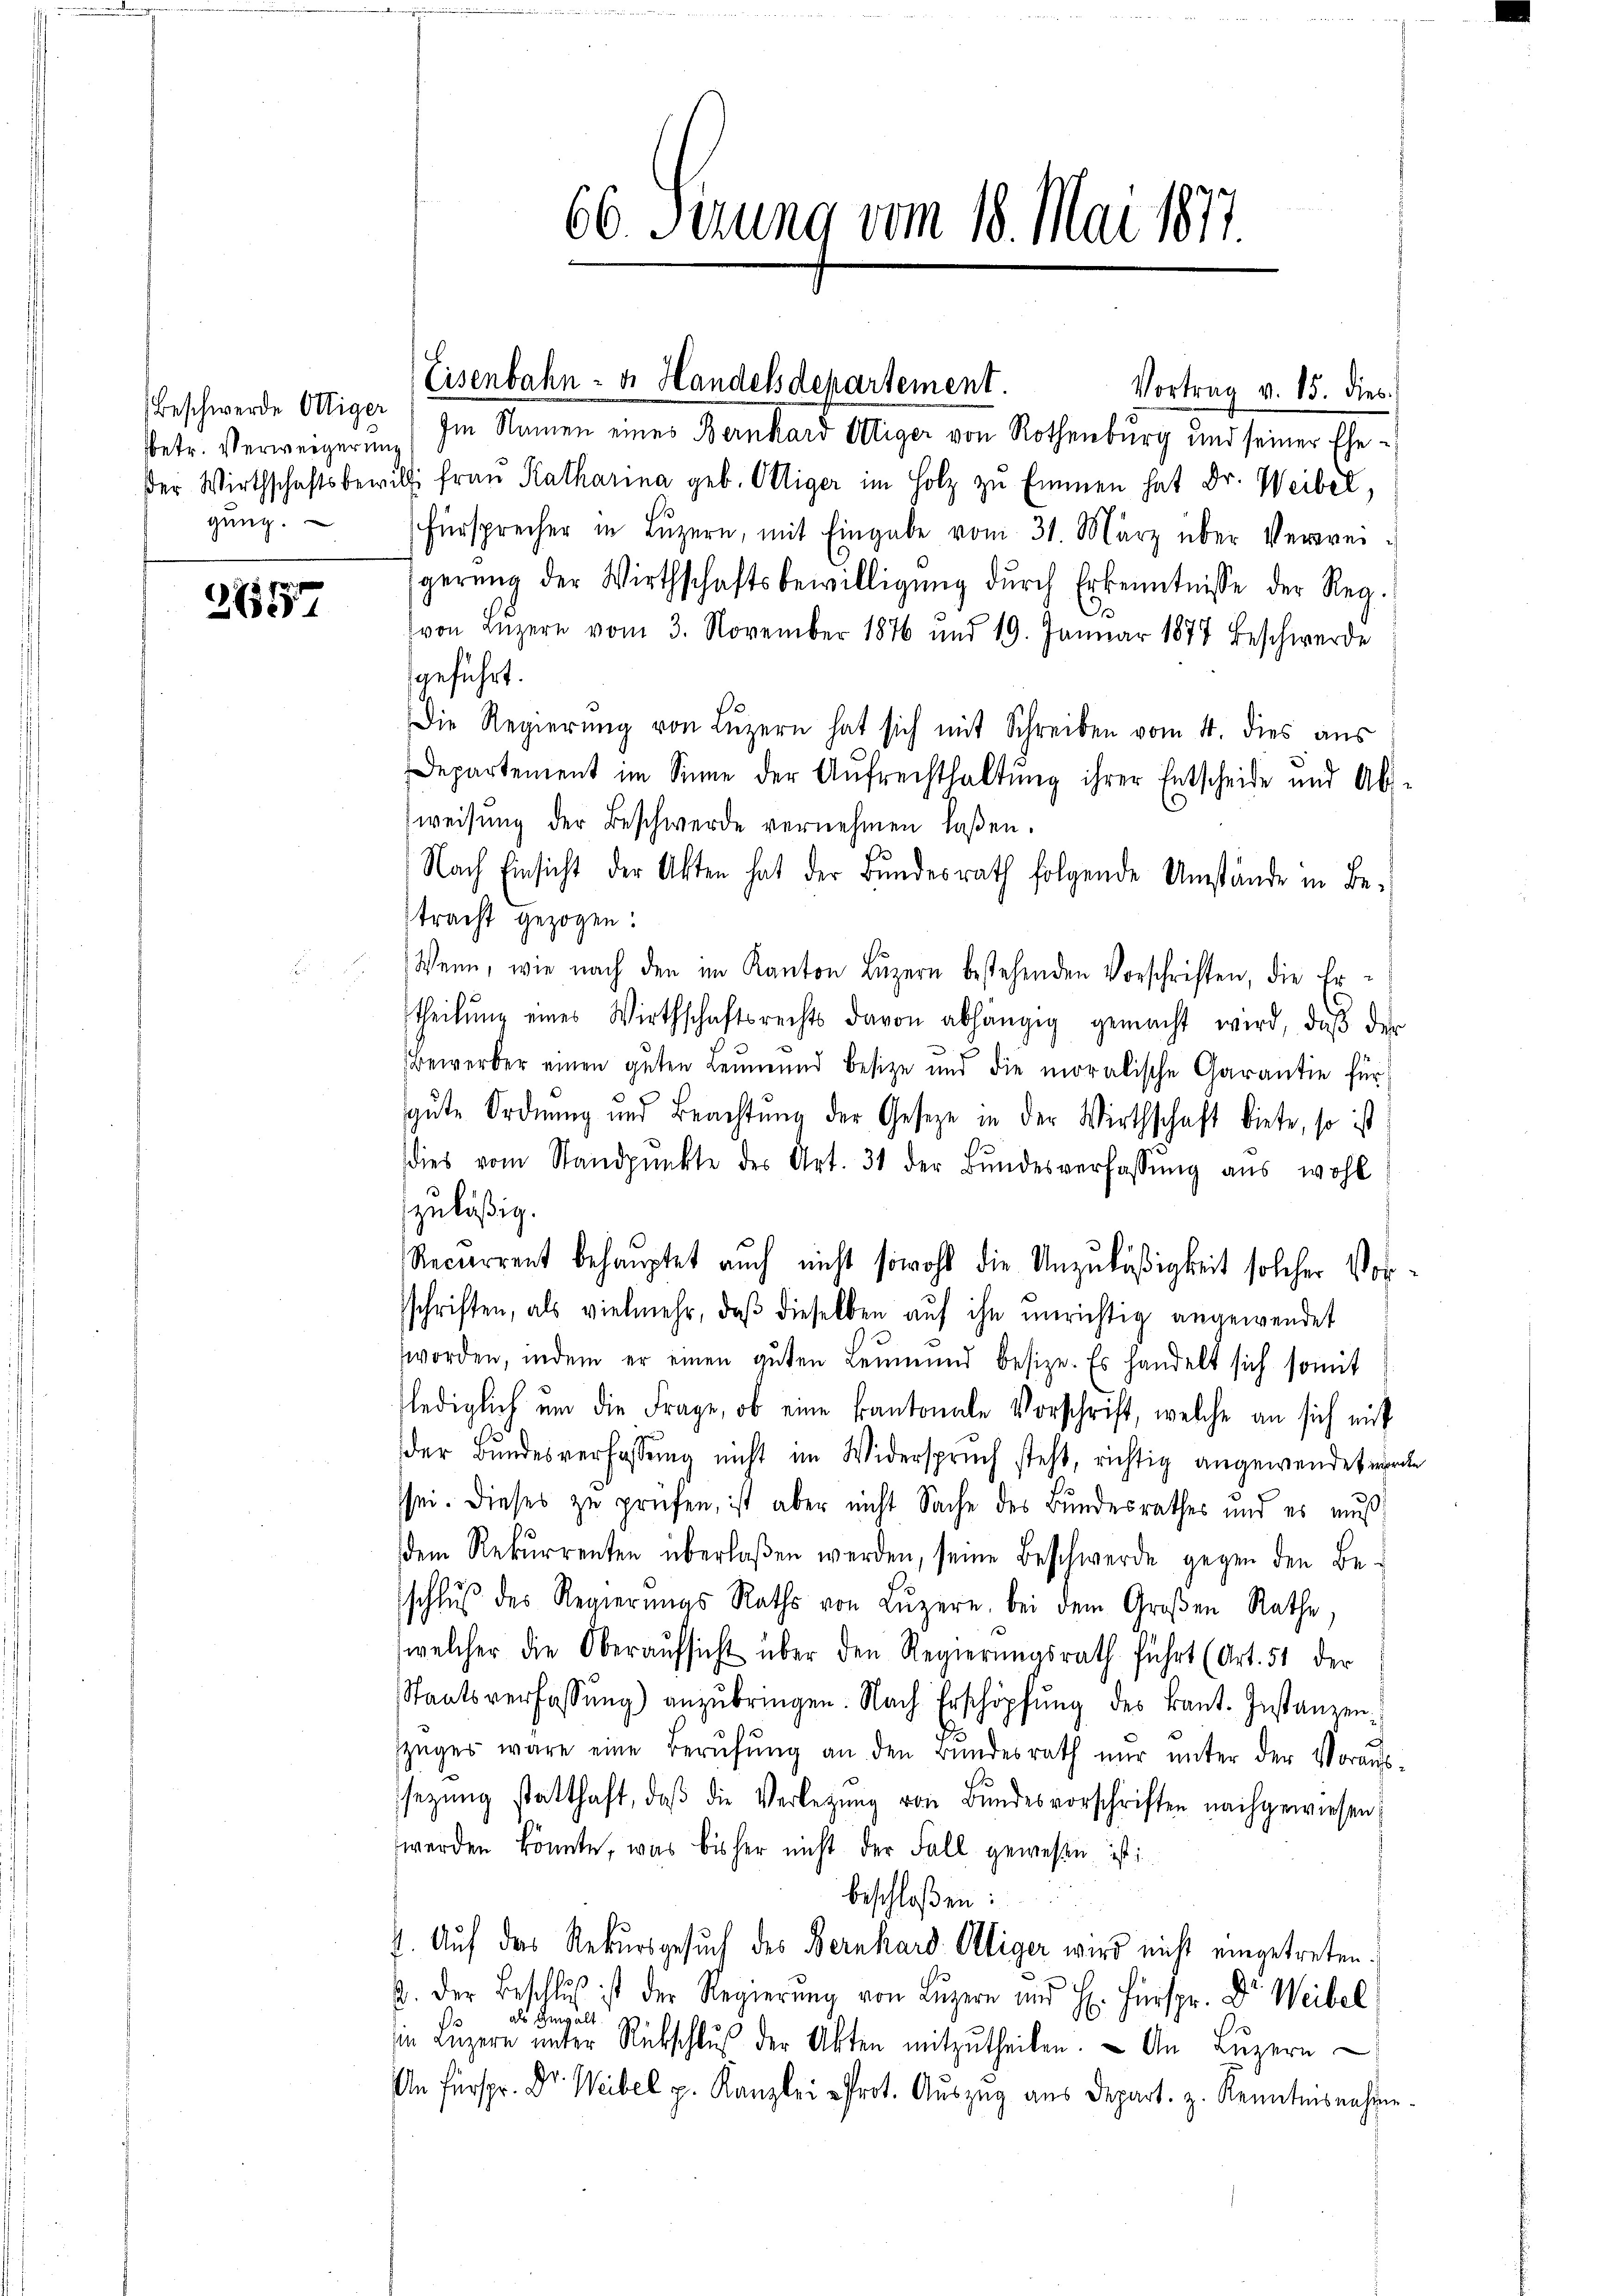
betr. Verweigerung
gŭng.

2657

Beschwerde Ottiger) Im Namen eines Bernhard Ottiger von Rothenburg und seiner Eheder Wirthschaftsbewilli Frau Katharina geb. Ottiger im Holz zu Emmen hat Dr. Weibel,
Fürsprecher in Luzern, mit Eingabe vom 31. März über Verweigerŭng der Wirthschaftsbewilligung durch Erkenntnisse der Reg.
von Luzern vom 3. November 1876 und 19. Januar 1877 beschwerde
geführt.
Die Regierung von Luzern hat sich mit Schreiben vom 4. dies aus
Departement im Sinne der Aufrechthaltung ihrer Entscheide und Ab-
weisung der Beschwerde vernehmen laßen.
Nach Einsicht der Akten hat der Bŭndesrath folgende Umstände in Be-
tracht gezogen.
Wenn, wie nach den im Kanton Luzern bestehenden Vorschriften, die Ertheilŭng eines Wirthschaftsrechts davon abhängig gemacht wird, daβ der
Bewerber einen guten Leumund besize und die moralische Garantie für
gute Ordnung und Beachtung der Gesetze in der Wirthschaft biete, so ist
dies vom Standpŭnkte des Art. 31 der Bŭndesverfassŭng aus wohl
zuläßig.
Recurrent behauptet auch nicht sowohl die Unzuläßigkeit solcher Vor-
schriften, als vielmehr, daβ dieselben aŭf ihn unrichtig angewendet
worden, indem er einen gŭten Leŭmŭnd besize. Es handelt sich somit
lediglich um die Frage, ob eine kantonale Vorschrift, welche an sich mit
der Bundesverfassung nicht im Widerspruch steht, richtig angewendet werde
sei. Dieses zu prüfen, ist aber nicht Sache des Bundesrathes und es mus
dem Rekurrenten überlaßen werden, seine Beschwerde gegen den Be-
schlŭβ des Regierŭngs Raths von Lŭzern, bei dem Großen Rathe,
welcher die Oberaŭfsicht über den Regierŭngsrath führt (Art. 51 der
Staatsverfassŭng) anzŭbringen. Nach Erschöpfŭng des kant. Instanzen
züger wäre eine Berŭfŭng an den Bŭndesrath nŭr ŭnter der Voraus-
setzŭng statthaft, daβ die Verlegŭng von Bundesvorschriften nachgewiesen
werden könnte, was bisher nicht der Fall gewesen ist:
beschloßen:
I. Auf das Rekursgesuch des Bernhard Oltiger wird nicht eingetreten.
u. der Beschluß ist der Regierŭng von Lŭzern und H. Fürspr. Dr Weibel
als Gewalt.
in Luzern unter Rückschlŭβ der Akten mitzŭtheilen. An Luzern
An Fürspr. Dr. Weibel p. Kanzlei Prot. Auszug aus Depart. z. Kenntnisnahme.

66. Serung vom 18. Mai 1877.

Eisenbahn- u. Handelsdepartement.

Vortrag v. 15. dies